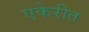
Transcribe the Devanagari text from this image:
एकेरीत